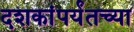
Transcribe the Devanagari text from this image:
दशकांपर्यंतच्या